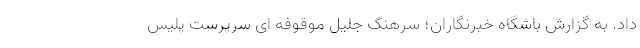
داد. به گزارش باشگاه خبرنگاران؛ سرهنگ جلیل موقوفه ای سرپرست پلیس